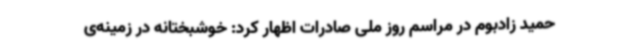
حمید زادبوم در مراسم روز ملی صادرات اظهار کرد: خوشبختانه در زمینه‌ی